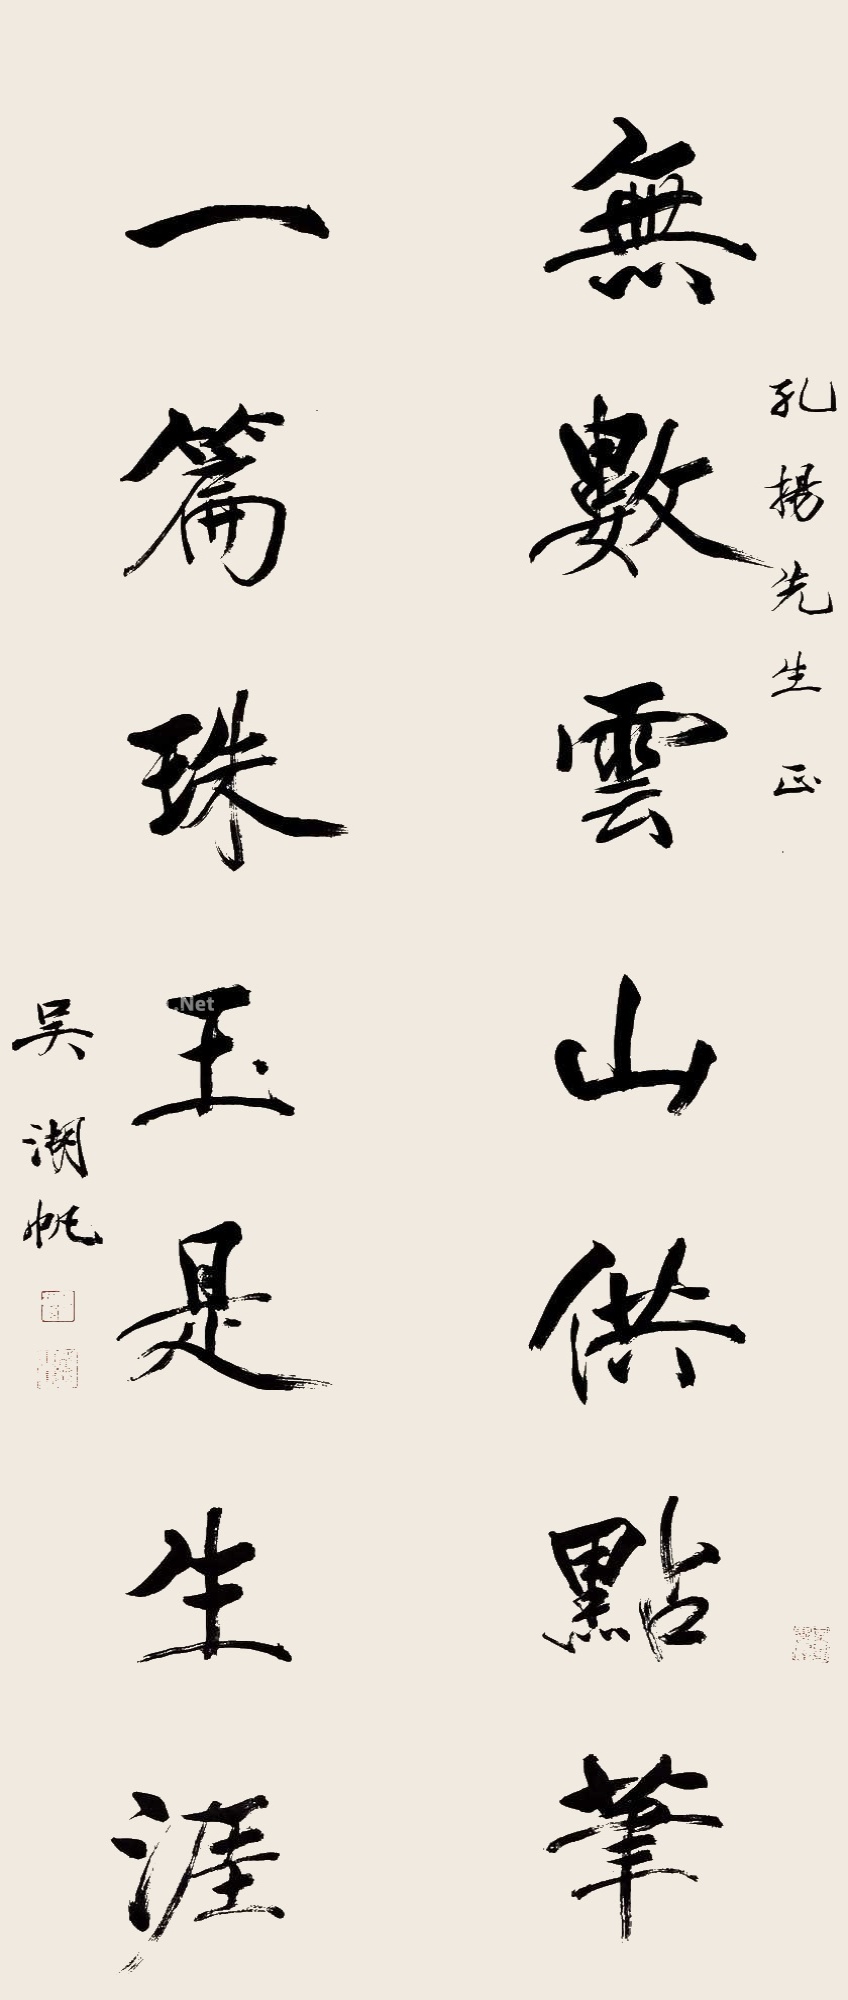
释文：无数云山供点笔，一篇珠玉是生涯。孔扬先生正。吴湖帆。